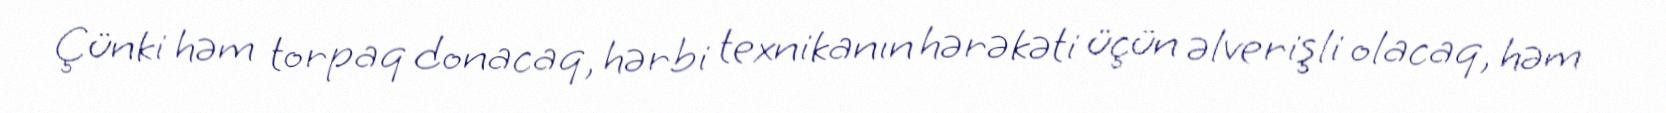
Çünki həm torpaq donacaq, hərbi texnikanın hərəkəti üçün əlverişli olacaq, həm